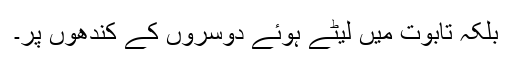
بلکہ تابوت میں لیٹے ہوئے دوسروں کے کندھوں پر۔